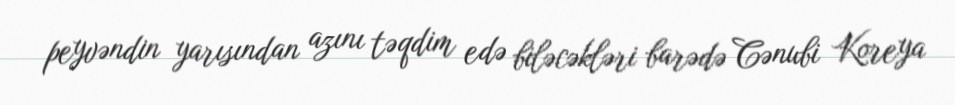
peyvəndin yarısından azını təqdim edə biləcəkləri barədə Cənubi Koreya